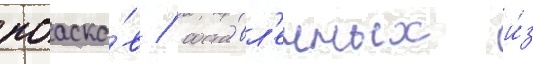
поаско́в / соста́вл'енных и́з